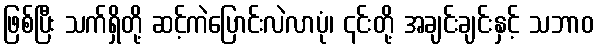
ဖြစ်ပြီး သက်ရှိတို့ ဆင့်ကဲပြောင်းလဲလာပုံ၊ ၎င်းတို့ အချင်းချင်းနှင့် သဘာဝ